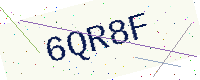
Text: 6QR8F